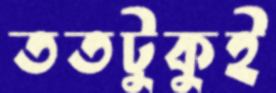
ততটুকুই